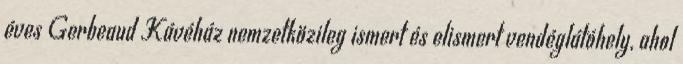
éves Gerbeaud Kávéház nemzetközileg ismert és elismert vendéglátóhely, ahol